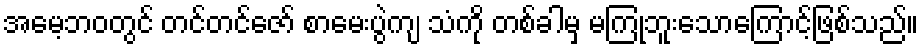
အမေ့ဘဝတွင် တင်တင်ဇော် စာမေးပွဲကျ သံကို တစ်ခါမှ မကြုံဘူးသောကြောင့်ဖြစ်သည်။